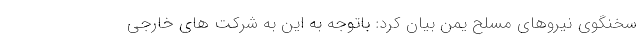
سخنگوی نیروهای مسلح یمن بیان کرد: باتوجه به این به شرکت های خارجی